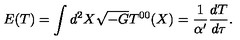
E ( T ) = \int d ^ { 2 } X \sqrt { - G } T ^ { 0 0 } ( X ) = \frac { 1 } { \alpha ^ { \prime } } \frac { d T } { d \tau } .